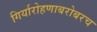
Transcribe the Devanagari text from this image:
गिर्यारोहणाबरोबरच